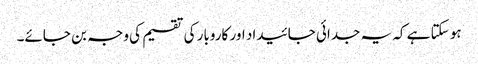
ہو سکتا ہے کہ یہ جدائی جائیداد اور کاروبار کی تقسیم کی وجہ بن جائے۔